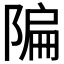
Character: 𫕌